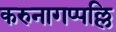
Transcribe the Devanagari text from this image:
करुनागप्पल्लि